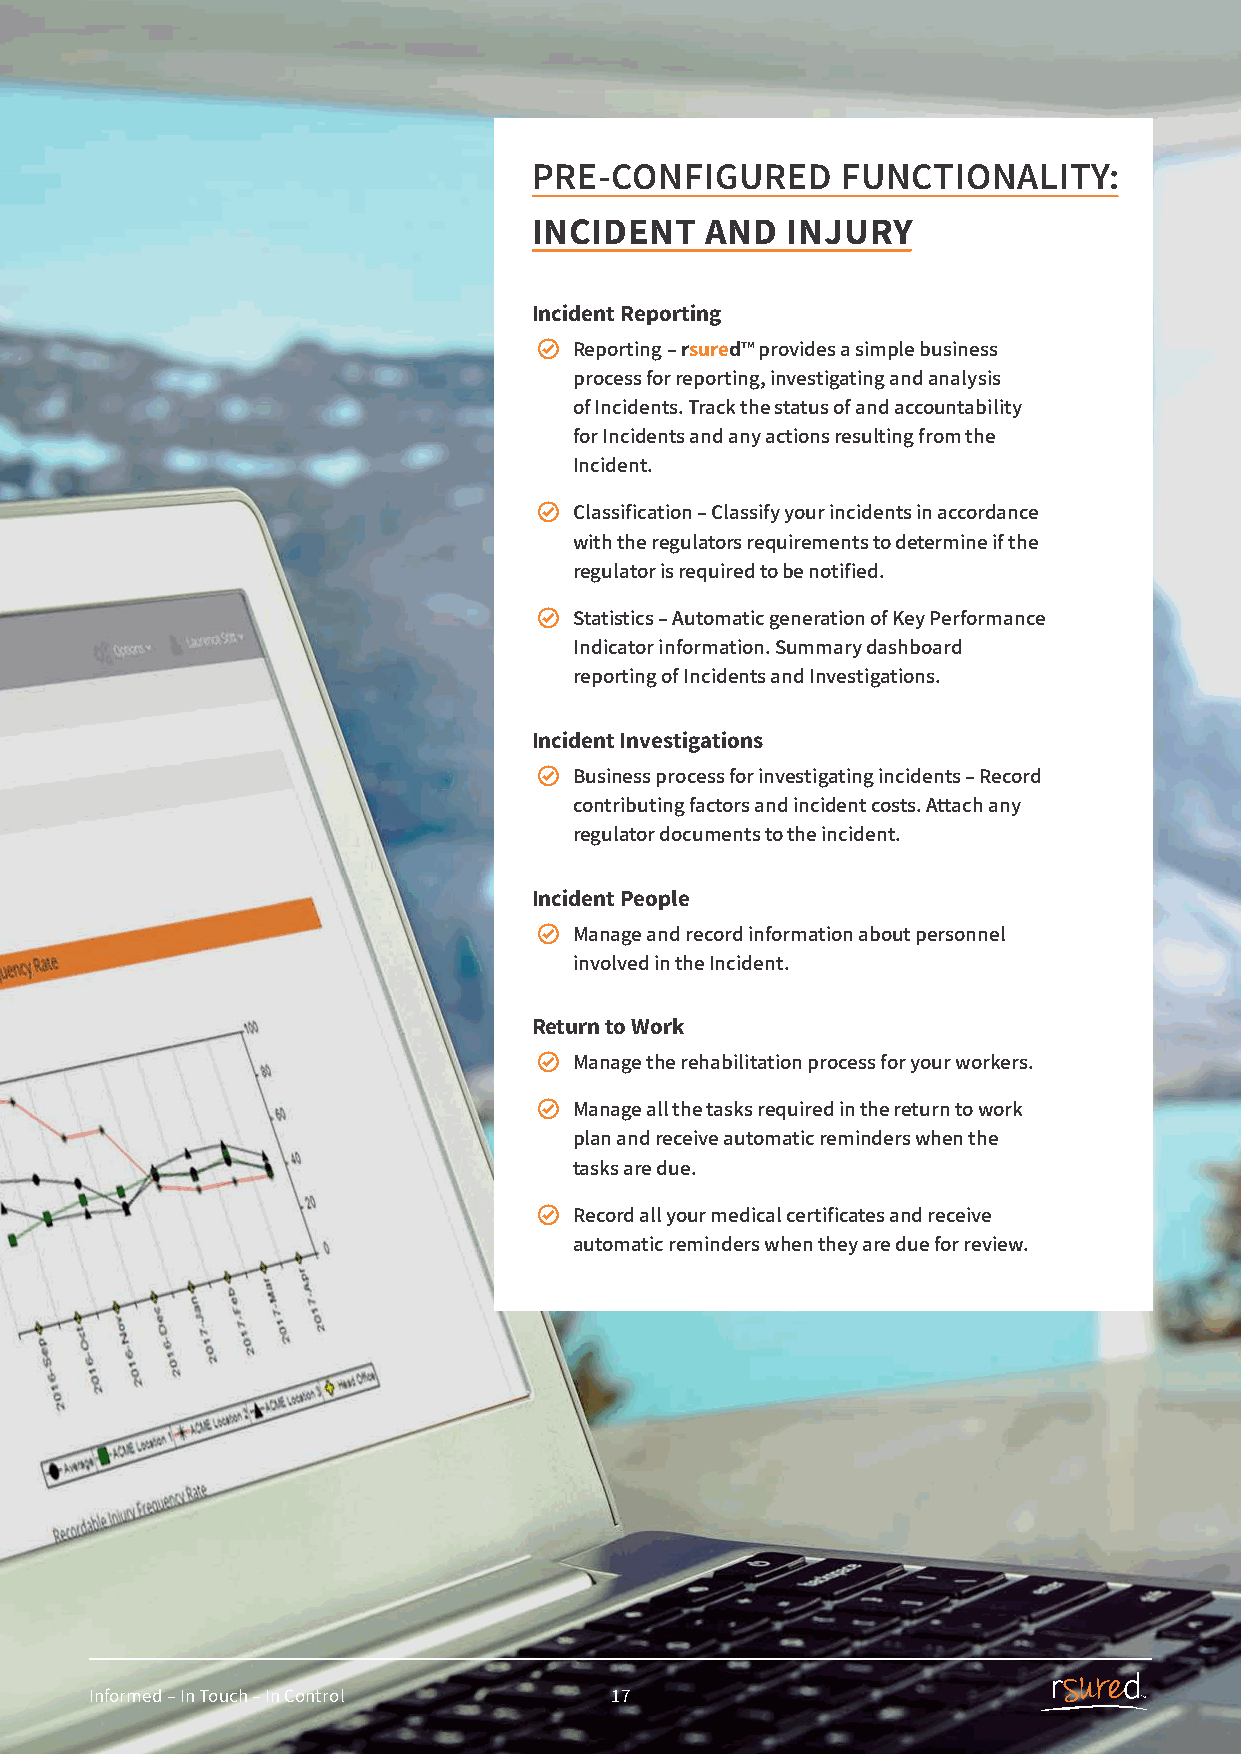
PRE-CONFIGURED       FUNCTIONALITY:
 INCIDENT    AND  INJURY
 Incident Reporting
 Reporting – rsured™ provides a simple business
 process for reporting, investigating and analysis
 of Incidents. Track the status of and accountability
 for Incidents and any actions resulting from the
 Incident.
 Classification – Classify your incidents in accordance
 with the regulators requirements to determine if the
 regulator is required to be notified.
 Statistics – Automatic generation of Key Performance
 Indicator information. Summary dashboard
 reporting of Incidents and Investigations.
 Incident Investigations
 Business process for investigating incidents – Record
 contributing factors and incident costs. Attach any
 regulator documents to the incident.
 Incident People
 Manage and record information about personnel
 involved in the Incident.
 Return to Work
 Manage the rehabilitation process for your workers.
 Manage all the tasks required in the return to work
 plan and receive automatic reminders when the
 tasks are due.
 Record all your medical certificates and receive
 automatic reminders when they are due for review.
 Informed – In Touch – In Control  1177